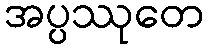
အပ္ပဿုတေ